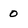
Character: 0